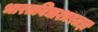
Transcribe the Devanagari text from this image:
भारतविद्याशास्त्रज्ञ